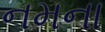
નમના